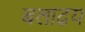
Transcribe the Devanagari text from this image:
बलाढय